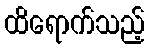
ထိရောက်သည့်